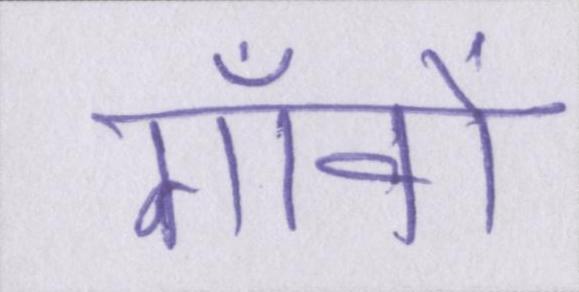
गाँवों